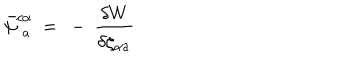
\bar { \psi } _ { \phantom { c } a } ^ { c \alpha } \ = \ - \ \frac { \delta W } { \delta \zeta _ { \alpha a } ^ { \phantom { \rho } } }